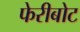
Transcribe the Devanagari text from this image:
फेरीबोट